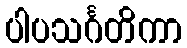
ပါပသင်္ဂတိကာ